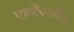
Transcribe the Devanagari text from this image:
एडवेंचरलैंड